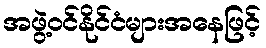
အဖွဲ့ဝင်နိုင်ငံများအနေဖြင့်